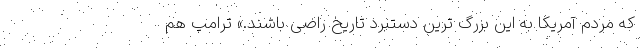
که مردم آمریکا به این بزرگ ترین دستبرد تاریخ راضی باشند.» ترامپ هم